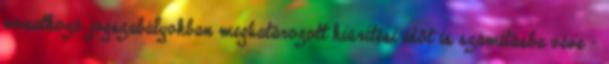
vonatkozó jogszabályokban meghatározott kiürítési idõt is számításba véve -